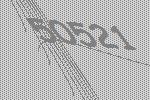
50521